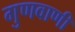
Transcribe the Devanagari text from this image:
गुणवाणी